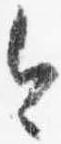
今